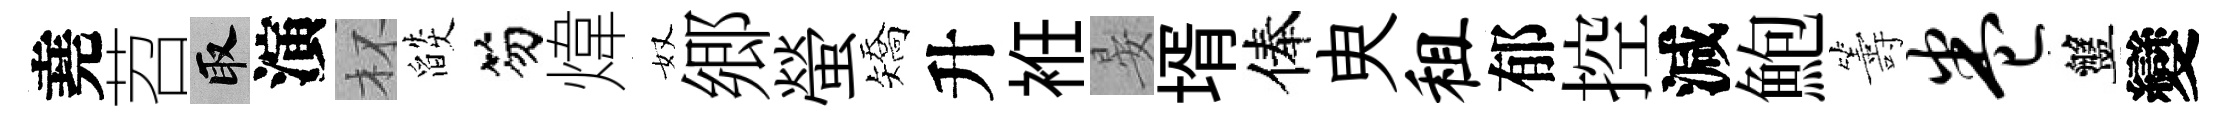
堯苕取演杯燄笏煒奴郷螢矯升袵晏壻俸㬰租郁控減鮑籌卷盤變